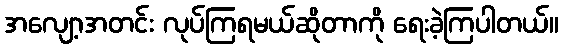
အလျော့အတင်း လုပ်ကြရမယ်ဆိုတာကို ရေးခဲ့ကြပါတယ်။